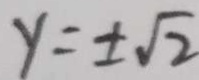
y = \pm \sqrt { 2 }